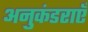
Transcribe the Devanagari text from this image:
अनुकंडराएँ